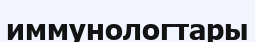
иммунологтары